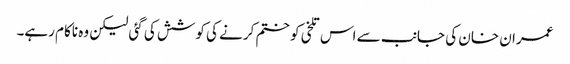
عمران خان کی جانب سے اس تلخی کو ختم کرنے کی کوشش کی گئی لیکن وہ ناکام رہے۔